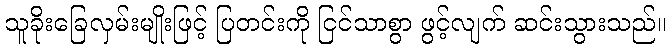
သူခိုးခြေလှမ်းမျိုးဖြင့် ပြတင်းကို ငြင်သာစွာ ဖွင့်လျက် ဆင်းသွားသည်။